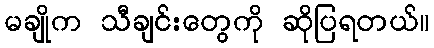
မချိုက သီချင်းတွေကို ဆိုပြရတယ်။